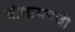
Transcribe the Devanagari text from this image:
बौधायनची